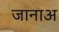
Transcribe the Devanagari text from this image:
जानाअ